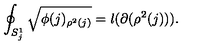
\oint _ { S _ { j } ^ { 1 } } \sqrt { \phi ( j ) _ { \rho ^ { 2 } ( j ) } } = l ( \partial ( \rho ^ { 2 } ( j ) ) ) .